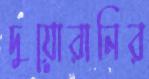
দুয়োরানির